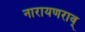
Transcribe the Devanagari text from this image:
नारायणराव्